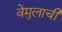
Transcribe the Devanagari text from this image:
वेमुलाची